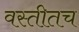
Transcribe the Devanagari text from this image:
वस्तीतच